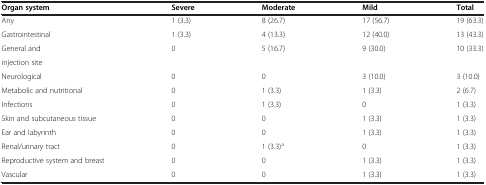
| Organ system | Severe | Moderate | Mild | Total |
 | --- | --- | --- | --- | --- |
 | Any | 1 (3.3) | 8 (26.7) | 17 (56.7) | 19 (63.3) |
 | Gastrointestinal | 1 (3.3) | 4 (13.3) | 12 (40.0) | 13 (43.3) |
 | General and | <ROWSPAN=2> 0 | <ROWSPAN=2> 5 (16.7) | <ROWSPAN=2> 9 (30.0) | <ROWSPAN=2> 10 (33.3) |
 | injection site |
 | Neurological | 0 | 0 | 3 (10.0) | 3 (10.0) |
 | Metabolic and nutritional | 0 | 1 (3.3) | 1 (3.3) | 2 (6.7) |
 | Infections | 0 | 1 (3.3) | 0 | 1 (3.3) |
 | Skin and subcutaneous tissue | 0 | 0 | 1 (3.3) | 1 (3.3) |
 | Ear and labyrinth | 0 | 0 | 1 (3.3) | 1 (3.3) |
 | Renal/urinary tract | 0 | 1 (3.3)a | 0 | 1 (3.3) |
 | Reproductive system and breast | 0 | 0 | 1 (3.3) | 1 (3.3) |
 | Vascular | 0 | 0 | 1 (3.3) | 1 (3.3) |